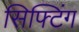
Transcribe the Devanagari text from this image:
सिफ्टिंग